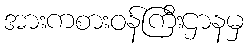
အားကစားဝန်ကြီးဌာနမှ